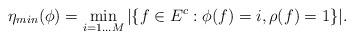
LaTeX: \begin{align*}\eta_{min}(\phi)= \min_{i=1 \ldots M} |\{ f \in E^c : \phi(f)=i, \rho(f)=1 \}|.\end{align*}